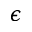
\epsilon